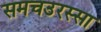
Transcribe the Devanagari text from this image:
समचउरस्सा